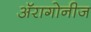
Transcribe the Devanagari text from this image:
अॅरागोनीज